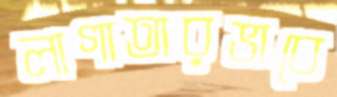
লাগাতারভাবে